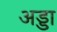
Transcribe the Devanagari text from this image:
अड्‍डा